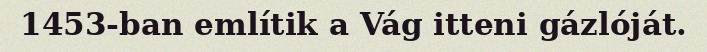
1453-ban említik a Vág itteni gázlóját.